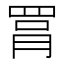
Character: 罥